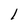
Character: 1